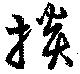
掞